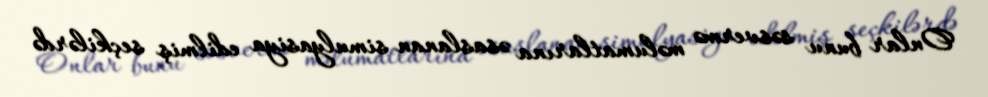
Onlar bunu səsvermə məlumatlarına əsaslanan simulyasiya edilmiş seçkilərdə